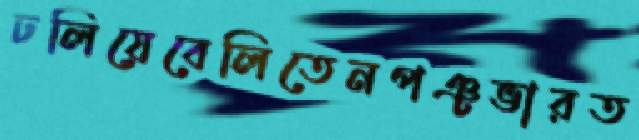
ঢলিয়েবেলিতেনপঞ্চভারত